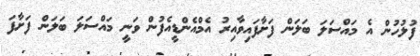
ފުލުހުން އެ މައްސަލަ ބަލަން ފަށާފައިވާއިރު އެމްއެންޑީއެފުން ވަނީ މައްސަލަ ބަލަން ފަށާފަ